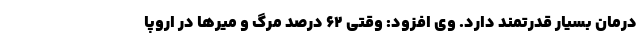
درمان بسیار قدرتمند دارد. وی افزود: وقتی ۶۲ درصد مرگ و میرها در اروپا